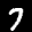
Label: 7